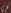
العراق